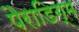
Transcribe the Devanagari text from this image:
पैराडिग्म